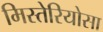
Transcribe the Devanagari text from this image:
मिस्तेरियोसा